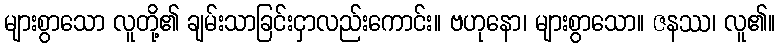
များစွာသော လူတို့၏ ချမ်းသာခြင်းငှာလည်းကောင်း။ ဗဟုနော၊ များစွာသော။ ဇနဿ၊ လူ၏။